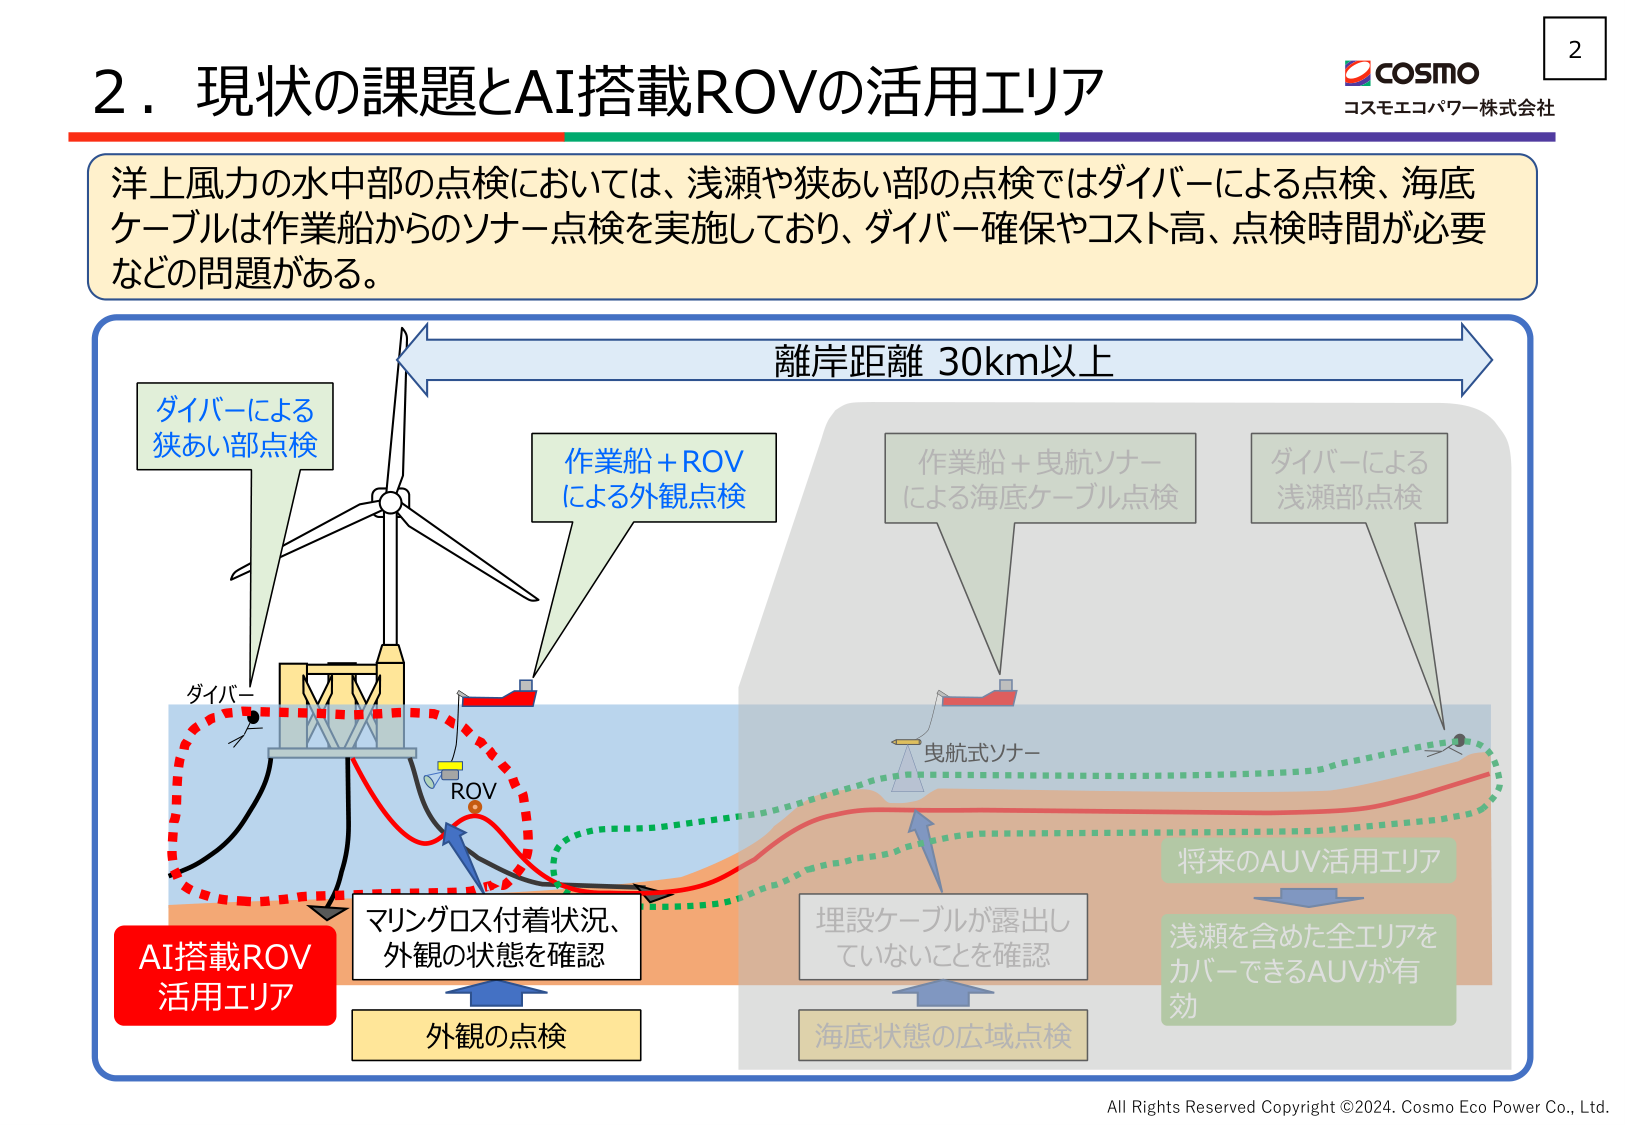
2．現状の課題とAI搭載ROVの活用エリア
COSMO
コスモエコパワー株式会社
洋上風力の水中部の点検においては、浅瀬や狭あい部の点検ではダイバーによる点検、海底ケーブルは作業船からのソナー点検を実施しており、ダイバー確保やコスト高、点検時間が必要などの問題がある。
離岸距離 30km以上
ダイバーによる
狭あい部点検
作業船＋ROV
による外観点検
作業船＋曳航ソナー
による海底ケーブル点検
ダイバーによる
浅瀬部点検
ダイバー
ROV
曳航式ソナー
AI搭載ROV
活用エリア
マリングロス付着状況、
外観の状態を確認
埋設ケーブルが露出し
ていないことを確認
将来的AUV活用エリア
浅瀬を含めた全エリアを
カバーできるAUVが有効
外観の点検
海底状態の広域点検
All Rights Reserved Copyright ©2024. Cosmo Eco Power Co., Ltd.